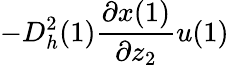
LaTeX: -D_{h}^{2}(1)\frac{\partial x(1)}{\partial z_{2}}u(1)